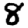
Digit: 8